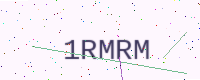
Text: 1RMRM